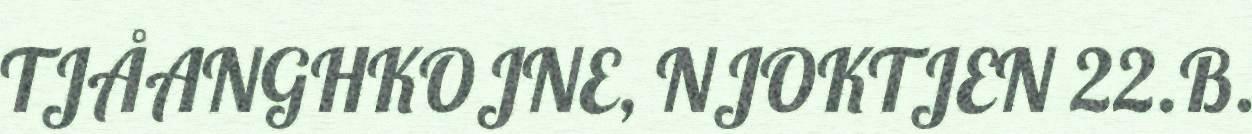
TJÅANGHKOJNE, NJOKTJEN 22.B.